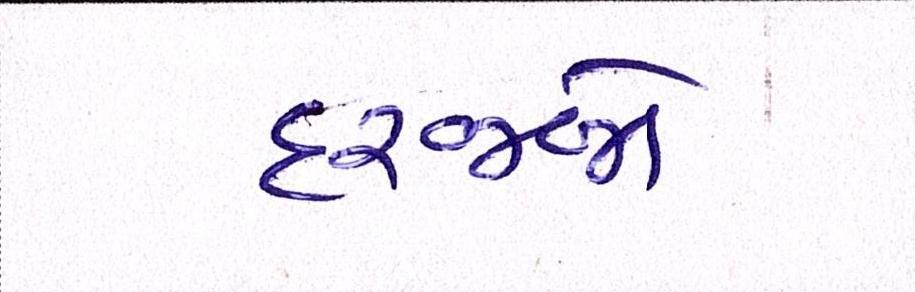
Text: દરજ્જો